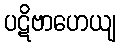
ပဋိဗာဟေယျ